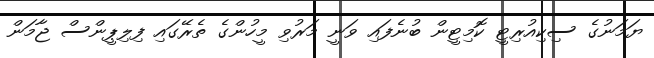
ޔަމަނުގެ ސިކިއުރިޓީ ކޮމިޓީން ބުނެފައި ވަނީ މަރުވި މީހުންގެ ތެރޭގައި ފިލިޕީންސް ޖާމަން